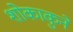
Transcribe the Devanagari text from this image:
शोकाकुने